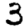
Digit: 3